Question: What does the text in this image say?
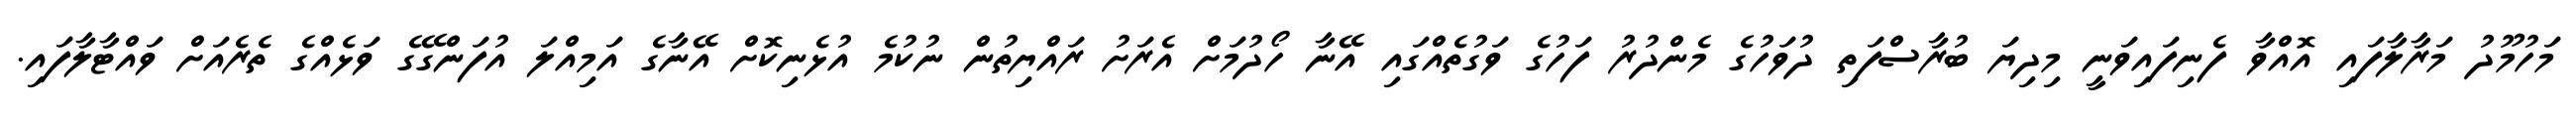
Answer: މަހުމޫދު މަރާލާފައި އޮއްވާ ފެނިފައިވަނީ މިދިޔަ ބުރާސްފަތި ދުވަހުގެ މެންދުރު ފަހުގެ ވަގުތެއްގައި އޭނާ ހޯދުމަށް އެރަށު ރައްޔިތުން ނުކުމެ އުޅެނިކޮށް އޭނާގެ އަމިއްލަ އުފަންގޭގެ ވަޅެއްގެ ތެރެއަށް ވައްޓާލާފައި.